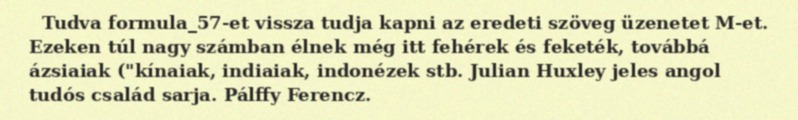
Tudva formula_57-et vissza tudja kapni az eredeti szöveg üzenetet M-et. Ezeken túl nagy számban élnek még itt fehérek és feketék, továbbá ázsiaiak ("kínaiak, indiaiak, indonézek stb. Julian Huxley jeles angol tudós család sarja. Pálffy Ferencz.